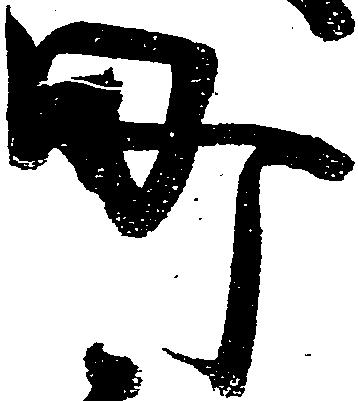
町